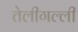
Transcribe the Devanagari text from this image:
तेलीगल्ली